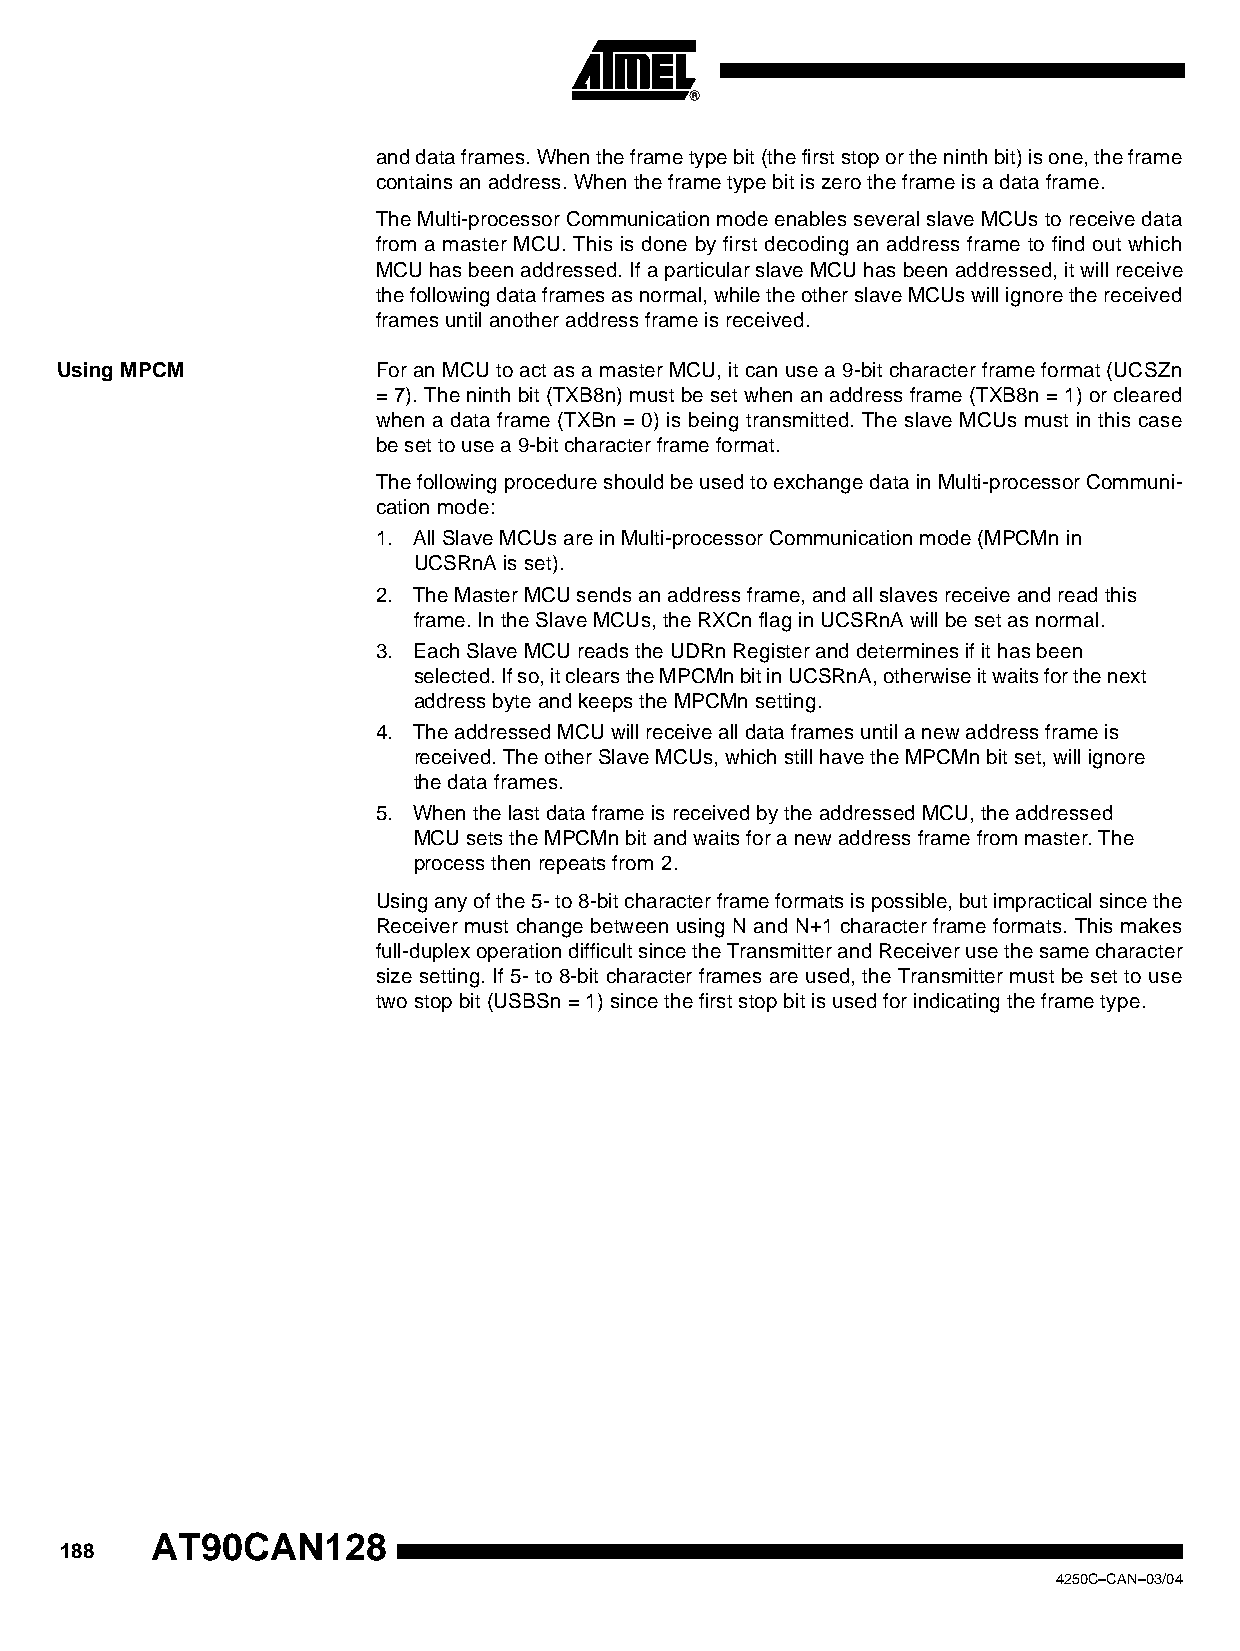
and data frames. When the frame type bit (the first stop or the ninth bit) is one, the frame
 contains an address. When the frame type bit is zero the frame is a data frame.
 The Multi-processor Communication mode enables several slave MCUs to receive data
 from a master MCU. This is done by first decoding an address frame to find out which
 MCU has been addressed. If a particular slave MCU has been addressed, it will receive
 the following data frames as normal, while the other slave MCUs will ignore the received
 frames until another address frame is received.
 Using MPCM           For an MCU to act as a master MCU, it can use a 9-bit character frame format (UCSZn
 = 7). The ninth bit (TXB8n) must be set when an address frame (TXB8n = 1) or cleared
 when a data frame (TXBn = 0) is being transmitted. The slave MCUs must in this case
 be set to use a 9-bit character frame format.
 The following procedure should be used to exchange data in Multi-processor Communi-
 cation mode:
 1. All Slave MCUs are in Multi-processor Communication mode (MPCMn in
 UCSRnA is set).
 2. The Master MCU sends an address frame, and all slaves receive and read this
 frame. In the Slave MCUs, the RXCn flag in UCSRnA will be set as normal.
 3. Each Slave MCU reads the UDRn Register and determines if it has been
 selected. If so, it clears the MPCMn bit in UCSRnA, otherwise it waits for the next
 address byte and keeps the MPCMn setting.
 4. The addressed MCU will receive all data frames until a new address frame is
 received. The other Slave MCUs, which still have the MPCMn bit set, will ignore
 the data frames.
 5. When the last data frame is received by the addressed MCU, the addressed
 MCU sets the MPCMn bit and waits for a new address frame from master. The
 process then repeats from 2.
 Using any of the 5- to 8-bit character frame formats is possible, but impractical since the
 Receiver must change between using N and N+1 character frame formats. This makes
 full-duplex operation difficult since the Transmitter and Receiver use the same character
 size setting. If 5- to 8-bit character frames are used, the Transmitter must be set to use
 two stop bit (USBSn = 1) since the first stop bit is used for indicating the frame type.
 AT90CAN128
 188
 4250C–CAN–03/04